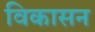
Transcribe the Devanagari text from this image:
विकासन